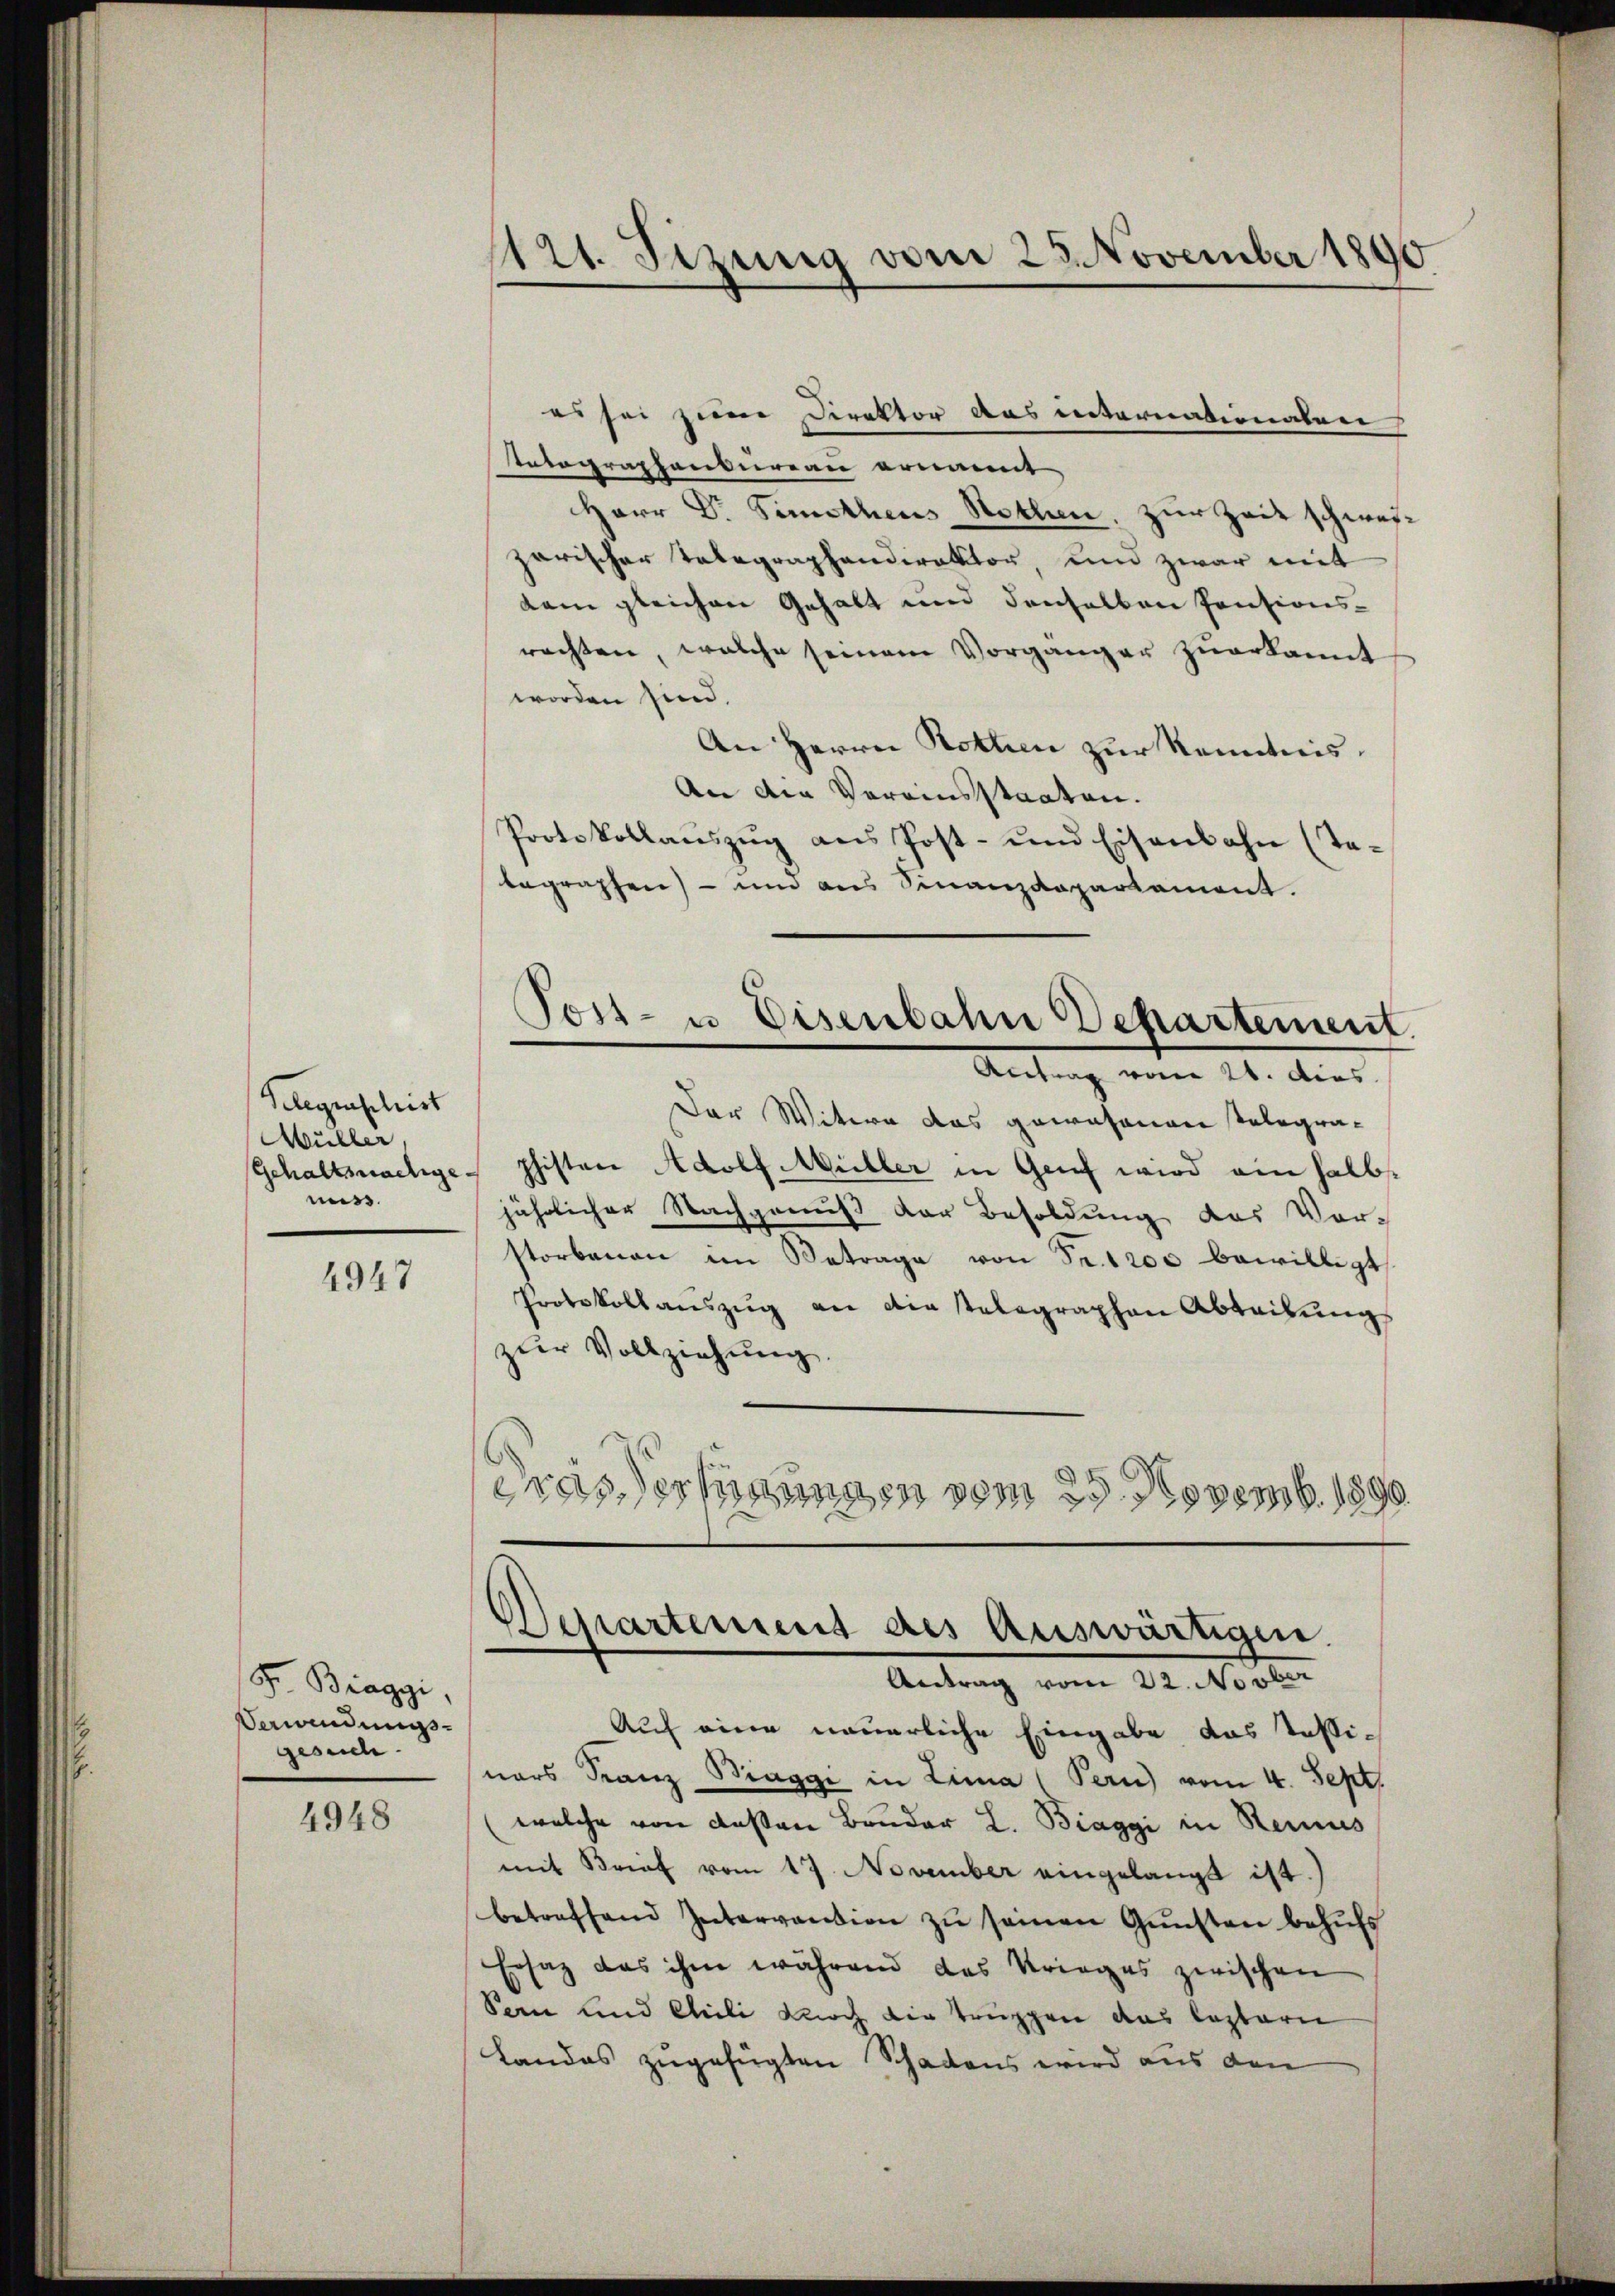
Gelegraphist
Müller,
miss.

4947

Fr. Biaggi,
Verwendungsgesuch

4948

es sei zum Direktor das internationalen
Tatagraphenbureau ernannt
Herr Dr. Simothens Nothen, zur Zeit schweiz
zarischer Telegraphendirektor, und zwar mit
dam gleichen Gehalt und denselben Pensions-
rachten, welche seinem Vorgänger zuerkannt
worden sind.
An Herrn Rothen zur Kenntnis.
An den Vereinsstaaten.
Protokollaŭszŭg ans Post- und Eisenbahn (Te-
begraphen) – und aus Sinanzdepartement.
Tost- u Eisenbahn Departement.
Antrag vom 24. dies
Der Witwe das gewesenen Telegra¬
Gehaltsachge- phisten Adolf Müller in Genf wird ein halb
jährlicher Nachgenuß der Besoldung des Vor-
storbenen im Betrage von Fr. 1200 bewilligt
Protokollauszug an die stelegraphen Abteilung
zur Vollziehung.
drasserungen vom 25. Novemb. 1890

121. Sizung vom 23. November 1890

Departement des Auswärtigen.
Antrag vom 22. Novber

Auch eine neuerliche Eingabe das Tessinars Franz Braggi in Lina (Pern) vom 4. Sept.
welche von deßen Bruder L. Biaggi in Reinis
mit Brief vom 17. November eingelangt ist.
betreffend Intervention zŭ seinen Gŭnsten behŭfs
Ersatz das ihm während das Krieges zwischen
Pein und Cili doch der Truppen das leztern
Landas zugefügten Schadens wird aus den